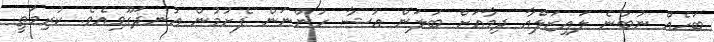
ބަހެއް ނުބުނެ ލައިޒަލްއާ ދިމާއަށް ބަލަން އުޝާ ހުންނަން ފެށުމުން އުނދަގޫވިއެވެ. ކުރިމަތީ